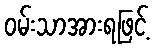
ဝမ်းသာအားရဖြင့်